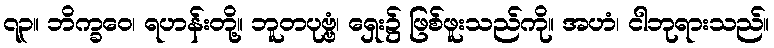
၇၃။ ဘိက္ခဝေ၊ ရဟန်းတို့။ ဘူတပုဗ္ဗံ၊ ရှေး၌ ဖြစ်ဖူးသည်ကို။ အဟံ၊ ငါဘုရားသည်။